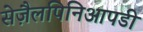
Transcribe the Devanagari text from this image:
सेज़ैलपिनिआपडी